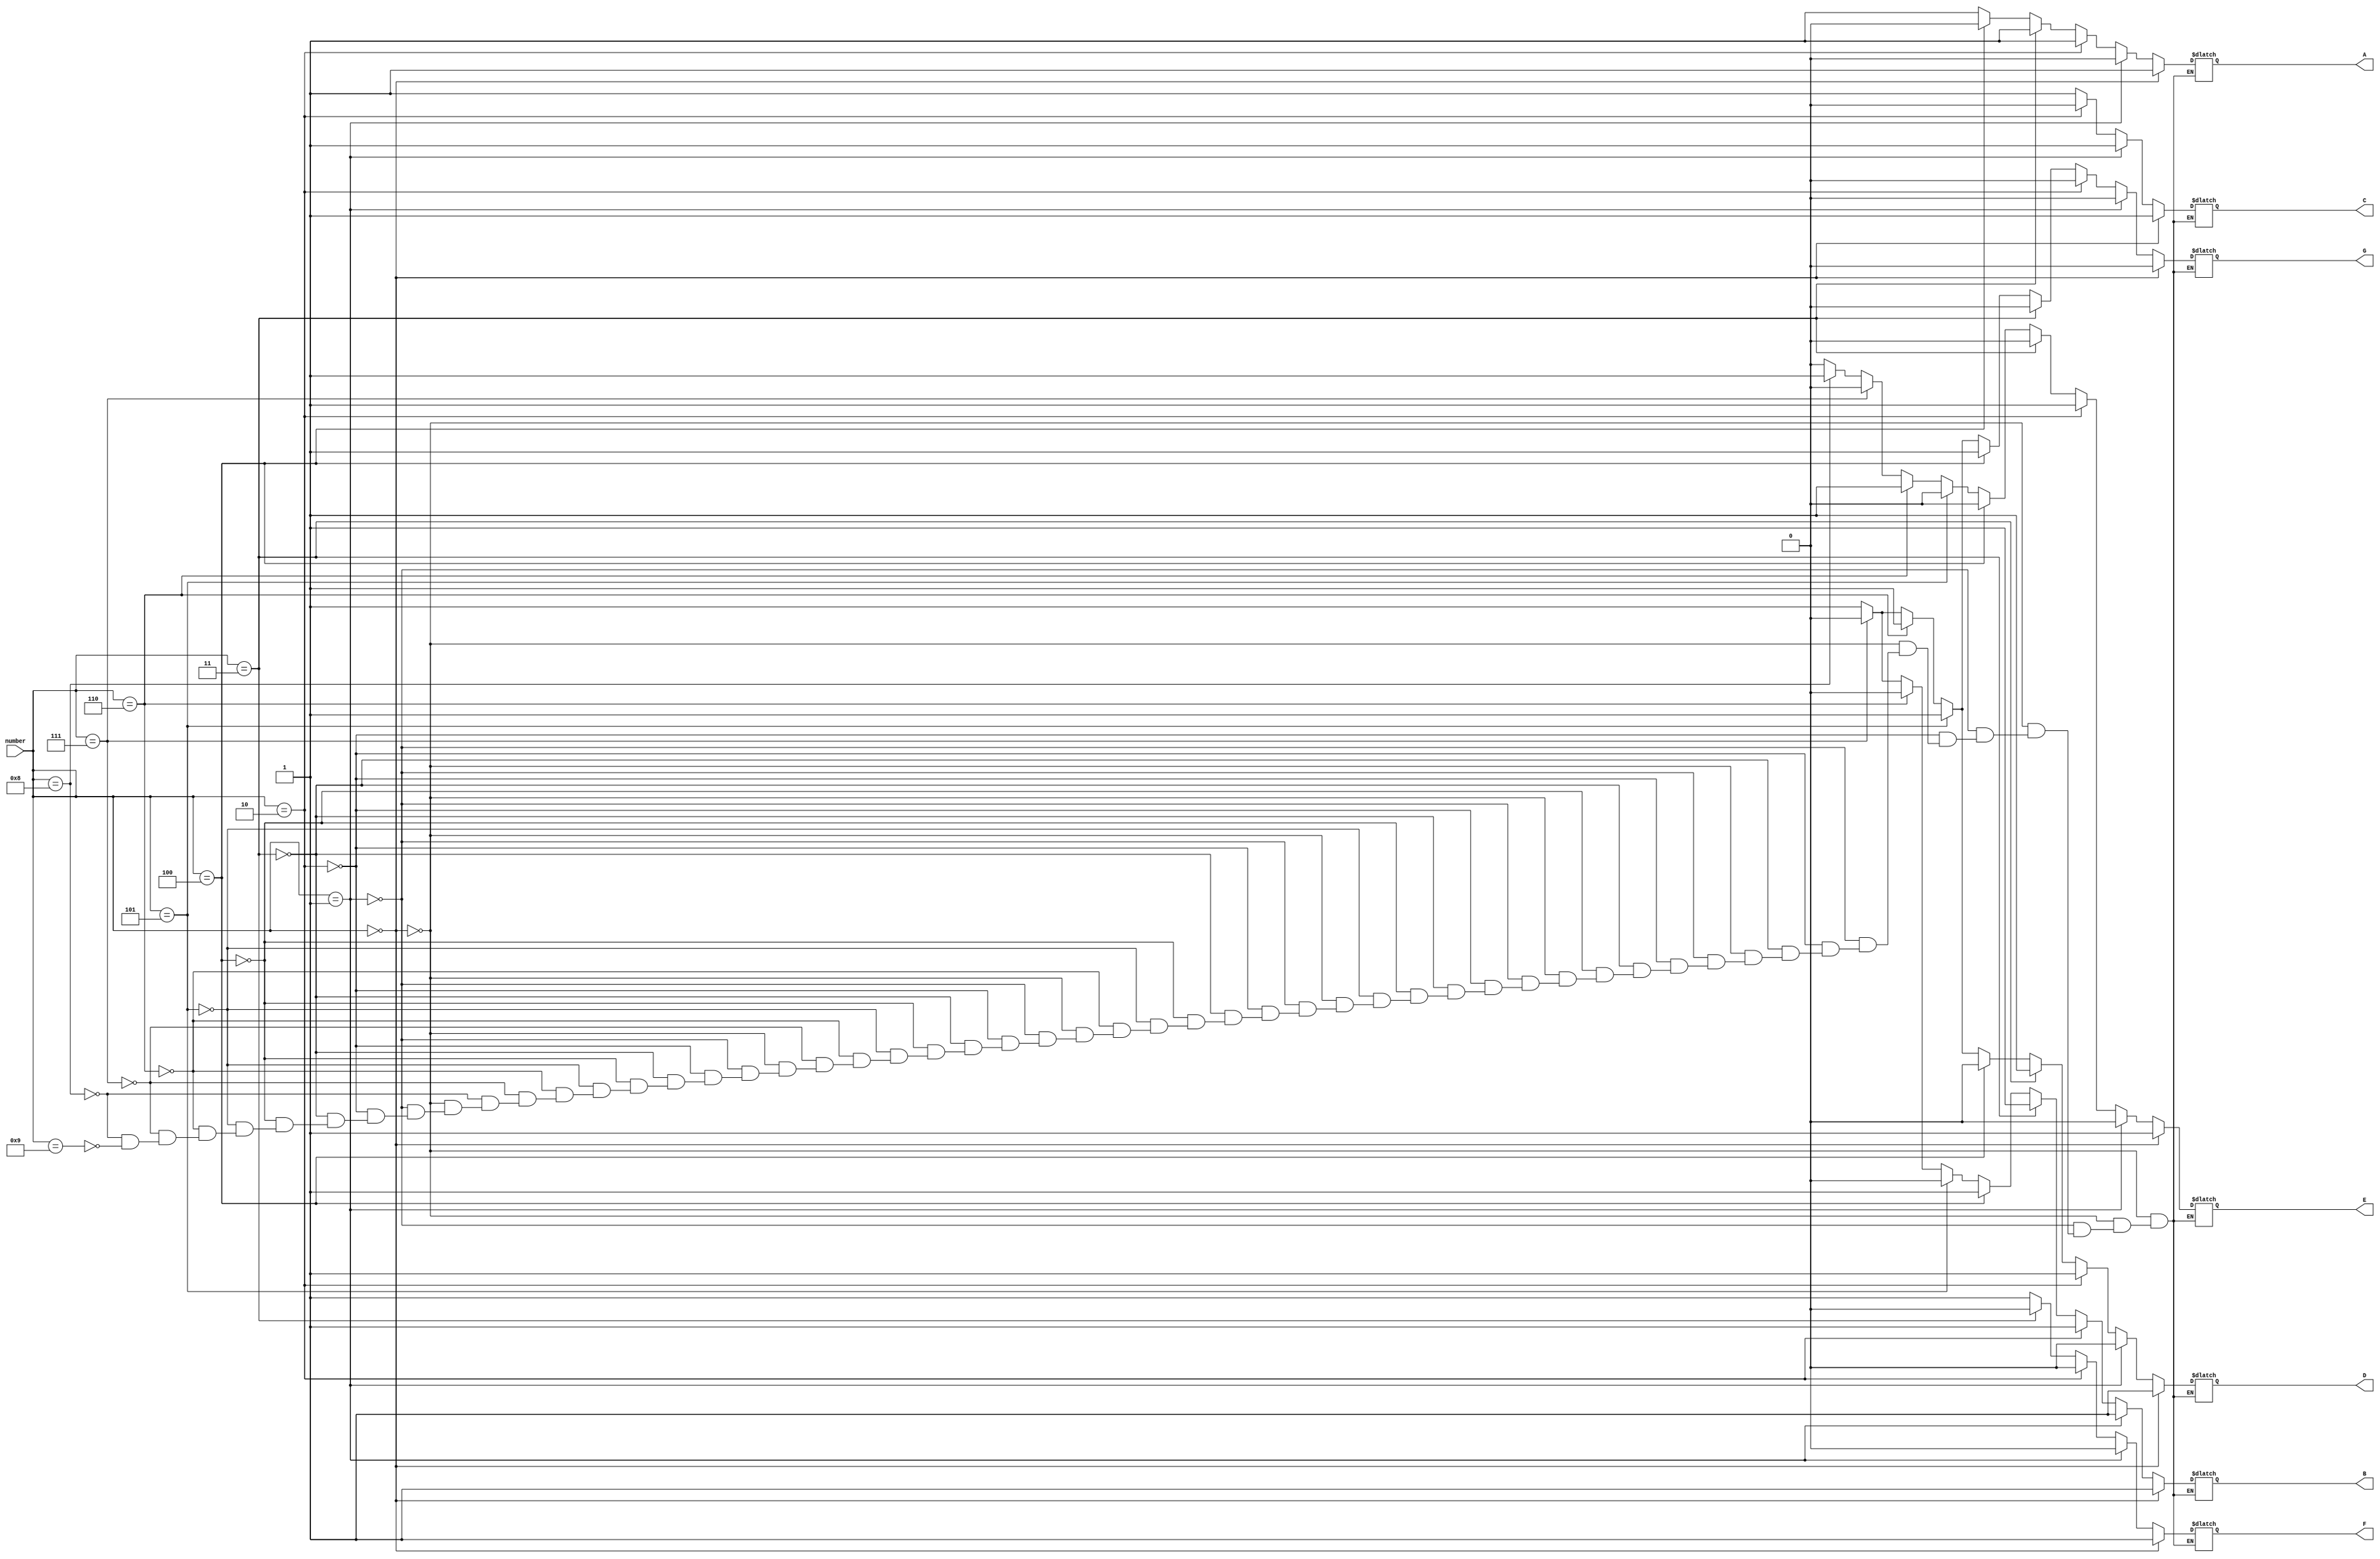
module sevensegdecoder (
  input[3:0] number,
  output A, B, C, D, E, F, G
);

reg A,B,C,D,E,F,G;

always @(number)
begin
  if  (number == 4'b0000)
  begin
    A = 1;
    B = 1;
    C = 1;
    D = 1;
    E = 1;
    F = 1;
    G = 0;
  end
  else if  (number == 4'b0001)
  begin
    A = 0;
    B = 1;
    C = 1;
    D = 0;
    E = 0;
    F = 0;
    G = 0;
  end
  else if  (number == 4'b0010)
  begin
    A = 1;
    B = 1;
    C = 0;
    D = 1;
    E = 1;
    F = 0;
    G = 0;
  end
  else if  (number == 4'b0011)
  begin
    A = 1;
    B = 1;
    C = 1;
    D = 1;
    E = 0;
    F = 0;
    G = 0;
  end
  else if  (number == 4'b0100)
  begin
    A = 0;
    B = 1;
    C = 1;
    D = 0;
    E = 0;
    F = 1;
    G = 1;
  end
  else if  (number == 4'b0101)
  begin
    A = 1;
    B = 0;
    C = 1;
    D = 1;
    E = 0;
    F = 1;
    G = 1;
  end
  else if  (number == 4'b0110)
  begin
    A = 1;
    B = 0;
    C = 1;
    D = 1;
    E = 1;
    F = 1;
    G = 1;
  end
  else if  (number == 4'b0111)
  begin
    A = 1;
    B = 0;
    C = 1;
    D = 0;
    E = 0;
    F = 1;
    G = 0;
  end
  else if  (number == 4'b1000)
  begin
    A = 1;
    B = 1;
    C = 1;
    D = 1;
    E = 1;
    F = 1;
    G = 1;
  end
  else if  (number == 4'b1001)
  begin
    A = 1;
    B = 1;
    C = 1;
    D = 1;
    E = 0;
    F = 1;
    G = 1;
  end
end 
endmodule